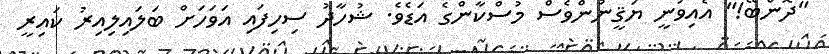
"ދޮންބޭ!" އެއިވުނީ ޔަޤީނުންވެސް މުސްކާންގެ އަޑެވެ. ޝުހާދު ސިހިފައި އަވަހަށް ބަލައިލިއިރު ކައިރީ